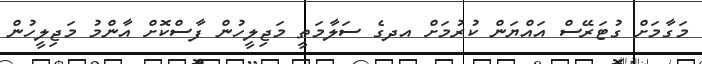
މަގާމަށް ގުޓަރޭސް އައްޔަން ކުރުމަށް އދގެ ސަލާމަތީ މަޖިލީހުން ފާސްކޮށް އާންމު މަޖިލީހުން